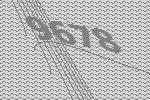
9678